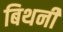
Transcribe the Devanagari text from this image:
बिथनी